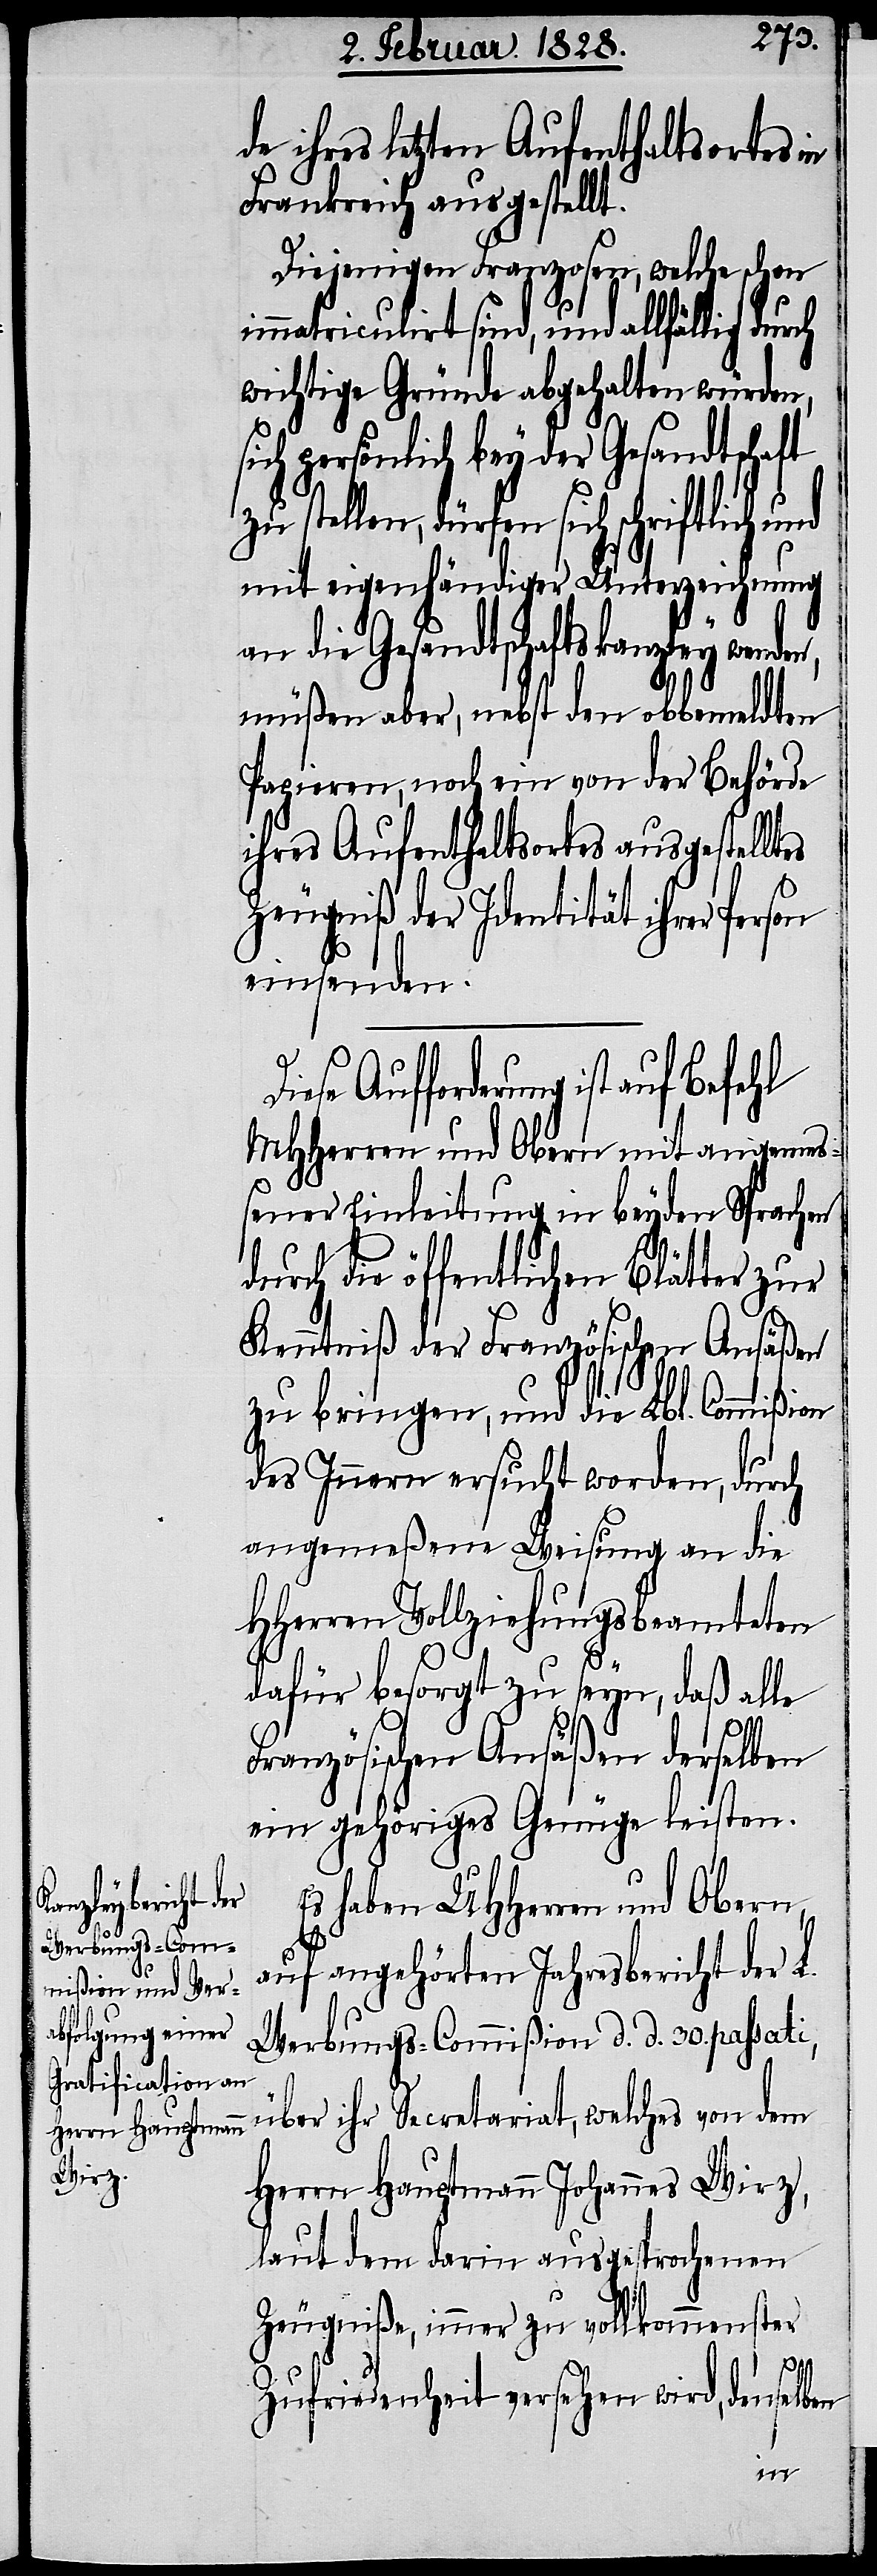
ausgestellten

de ihres letzten Aufenthaltsortes in
Frankreich ausgestellt.
Diejenigen Franzosen, welche schon
immatriculirt sind, und allfällig durch
wichtige Gründe abgehalten würden,
sich persönlich bey der Gesandtschaft
zu stellen, dürfen sich schriftlich und
__________________________
an die Gesandtschaftskanzley wend¬
müßen aber, nebst den obbemeldten
Papieren, noch ein von der Behörde
ihres Aufenthaltsortes ausgestelltes
Zeugniß der Identität ihrer Person
einsenden.
Aufforderung ist auf Befehl
MHHerren und Obern mit angemeß¬
ener Einleitung in beyden Sprachen
durch die öffentlichen Blätter zur
Kenntniß der Französischen Ansäßen
zu bringen, und die Lbl. Commißion
des Innern ersucht worden, durch
angemeßene Weisung an die
HHerren Vollziehungsbeamteten
dafür besorgt zu seyn, daß alle
Französischen Ansäßen derselben
ein gehöriges Genüge leisten.
Es haben UHHerren und Obern,
der
auf angehörten Jahresbericht der L.
Werbungs-Commißion d. d. 30. passati,
über ihr Secretariat, welches von dem
Herrn Hauptmann Johannes Wirz,
laut dem darin ausgesprochenen
Zeugniße, immer zu vollkommenster
das
Zufriedenheit versehen wird, denselben
en,